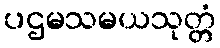
ပဌမသမယသုတ္တံ